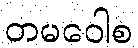
တမဝေါစ